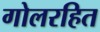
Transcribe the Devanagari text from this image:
गोलरहित